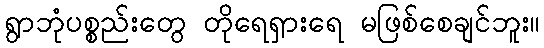
ရွာဘုံပစ္စည်းတွေ တိုရေရှားရေ မဖြစ်စေချင်ဘူး။